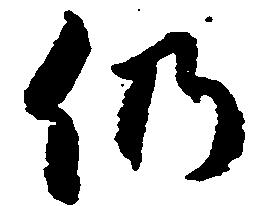
仍